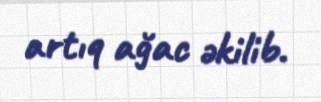
artıq ağac əkilib.